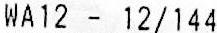
WA12 - 12/144